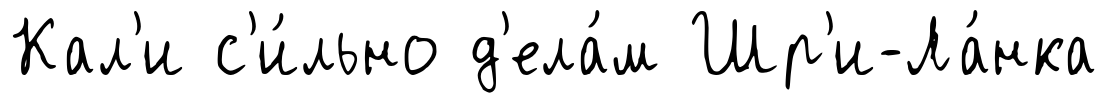
Кал'и с'и́льно д'ела́м Шр'и-Ла́нка